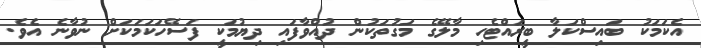
އެކަމަކު ބައިސްކަލާ ބީރައްޓެހި މާލޭގެ މަގުތަކުން ދުއްވާފައި ދިޔުމަކީ ފަސޭހަކަމަކަށް ނުވާނެ އެވެ.